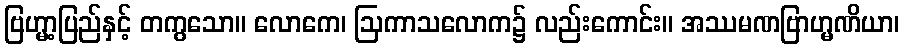
ဗြဟ္မာ့ပြည်နှင့် တကွသော။ လောကေ၊ ဩကာသလောက၌ လည်းကောင်း။ အဿမဏဗြာဟ္မဏိယာ၊